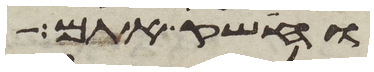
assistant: וחשק אתם